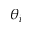
\theta _ { i }